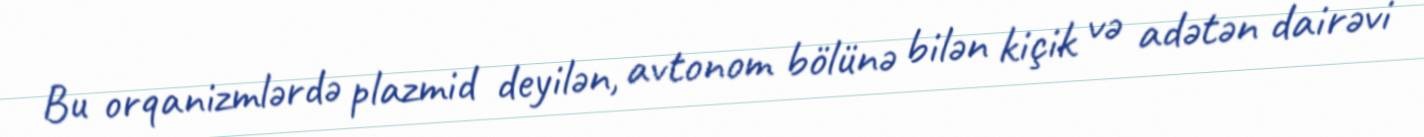
Bu orqanizmlərdə plazmid deyilən, avtonom bölünə bilən kiçik və adətən dairəvi